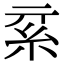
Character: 𥾟